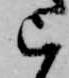
ら